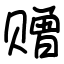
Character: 赠